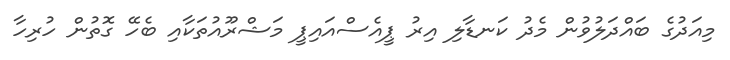
މިއަދުގެ ބައްދަލުވުން މެދު ކަނޑާލި އިރު ޕީއެސްއައިޕީ މަަޝްރޫއުތަކާއި ބެހޭ ގޮތުން ހުރިހާ